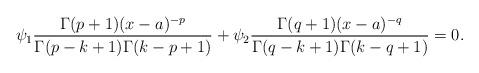
LaTeX: \begin{align*}\psi_1\frac{\Gamma(p+1)(x-a)^{-p}}{\Gamma(p-k+1)\Gamma(k-p+1)}+\psi_2\frac{\Gamma(q+1)(x-a)^{-q}}{\Gamma(q-k+1)\Gamma(k-q+1)}=0.\end{align*}